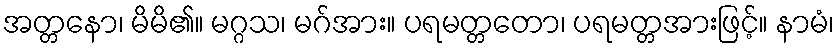
အတ္တနော၊ မိမိ၏။ မဂ္ဂသ၊ မဂ်အား။ ပရမတ္တတော၊ ပရမတ္တအားဖြင့်။ နာမံ၊